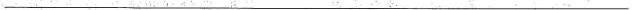
___